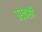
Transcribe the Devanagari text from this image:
उर्वसी